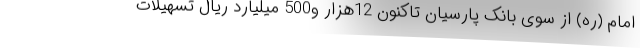
امام (ره) از سوی بانک پارسیان تاکنون 12هزار و500 میلیارد ریال تسهیلات